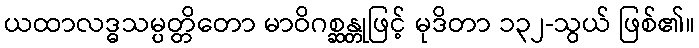
ယထာလဒ္ဓသမ္ပတ္တိတော မာဝိဂစ္ဆန္တုဖြင့် မုဒိတာ ၁၃၂-သွယ် ဖြစ်၏။